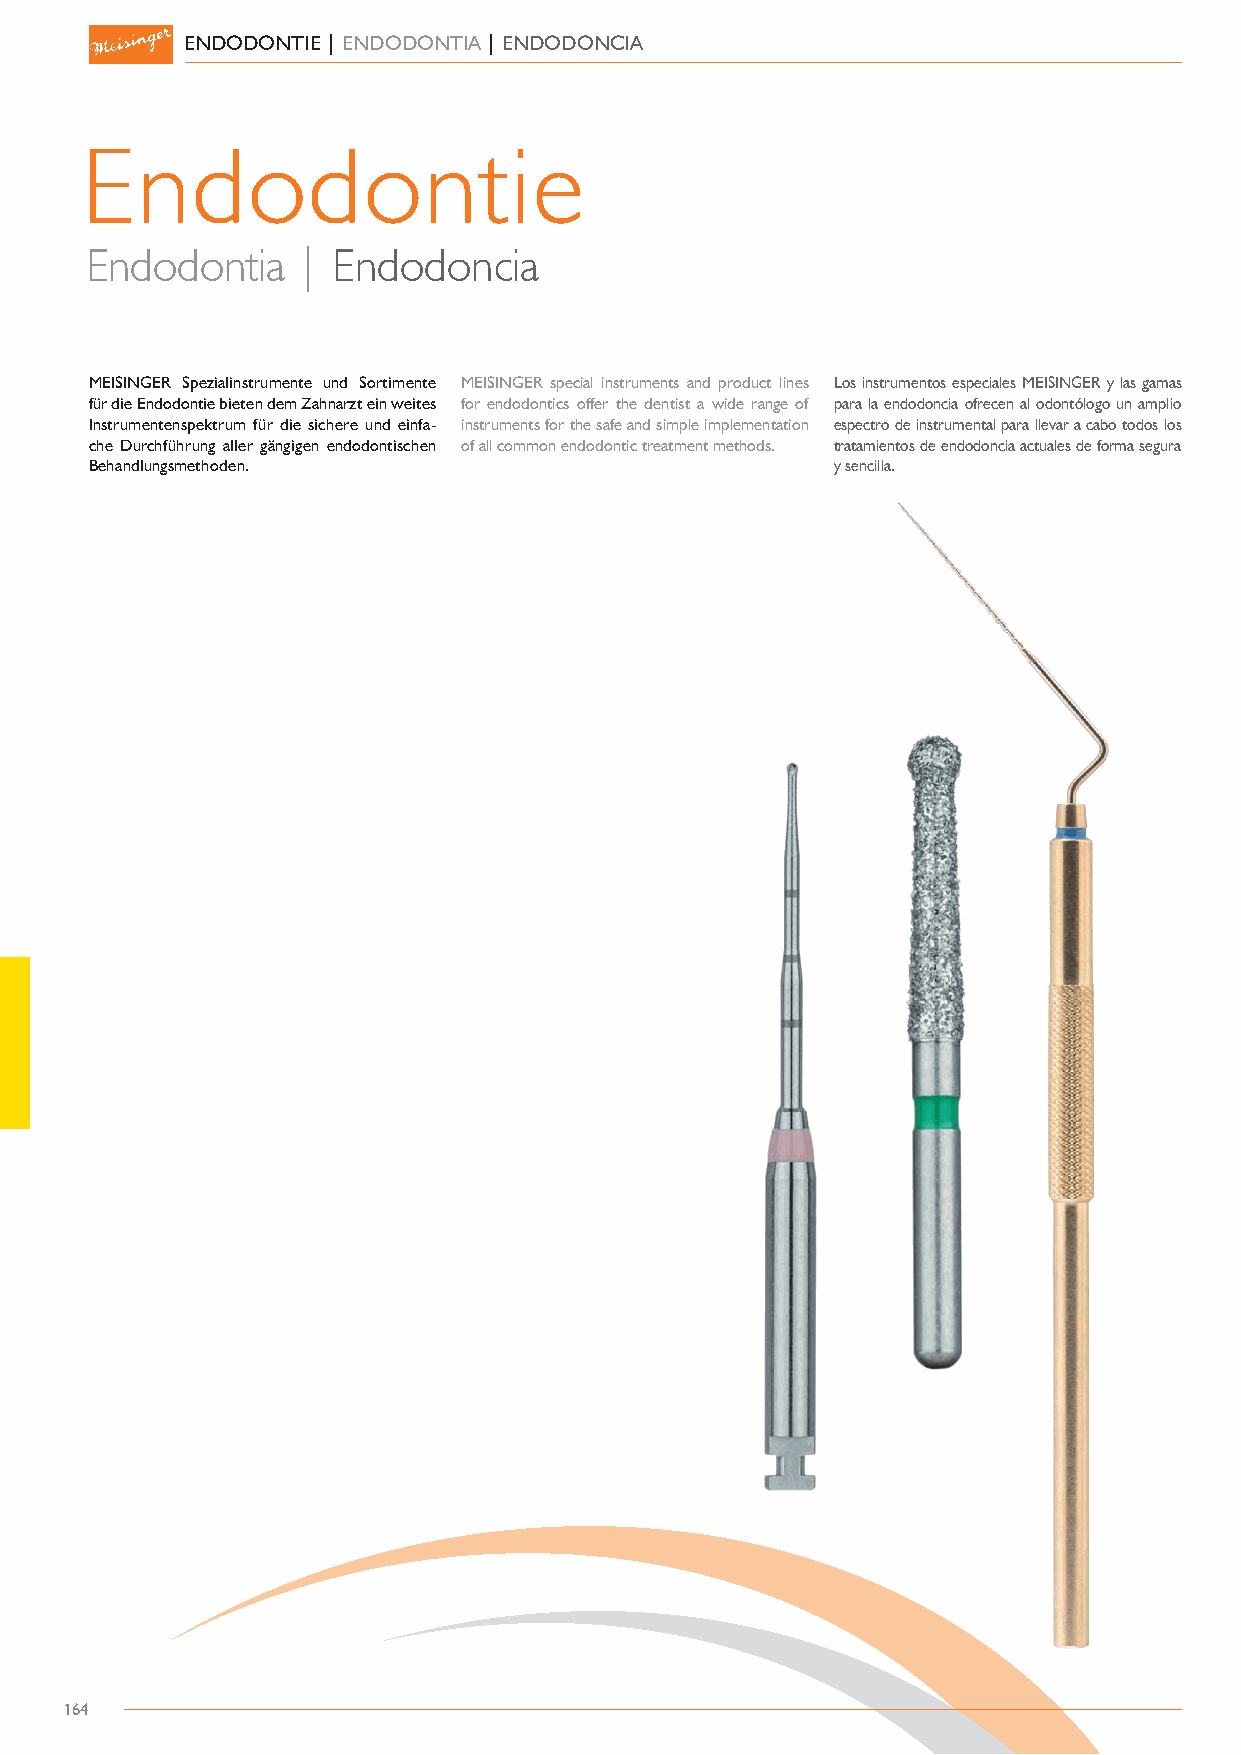
ENDODONTIE | ENDODONTIA | ENDODONCIA
 Endodontie
 Endodontia    | Endodoncia
 MEISINGER Spezialinstrumente und Sortimente MEISINGER special instruments and product lines Los instrumentos especiales MEISINGER y las gamas
 für die Endodontie bieten dem Zahnarzt ein weites for endodontics offer the dentist a wide range of para la endodoncia ofrecen al odontólogo un amplio
 Instrumentenspektrum für die sichere und einfa- instruments for the safe and simple implementation espectro de instrumental para llevar a cabo todos los
 che Durchführung aller gängigen endodontischen of all common endodontic treatment methods. tratamientos de endodoncia actuales de forma segura
 Behandlungsmethoden.                             y sencilla.
 164